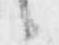
候